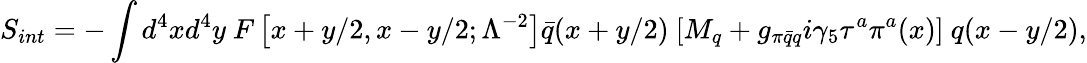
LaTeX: S_{int}=-\int d^{4}xd^{4}y\ F\left[x+y/2,x-y/2;\Lambda^{-2}\right]\bar{q}(x+y/2)\ [M_{q}+g_{\pi\bar{q}q}i\gamma_{5}\tau^{a}\pi^{a}(x)]\ q(x-y/2),